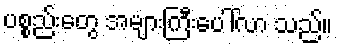
ပစ္စည်းတွေ အများကြီးပေါ်လာ သည်။